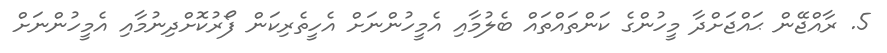
5. ރާއްޖޭން ޙައްޖަށްދާ މީހުންގެ ކަންތައްތައް ބެލުމާއި އެމީހުންނަށް އެހީތެރިކަން ފޯރުކޮށްދިނުމާއި އެމީހުންނަށް